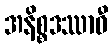
အနိစ္စဒဿာဝီ